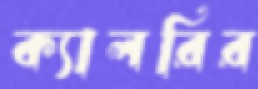
ক্যালরির